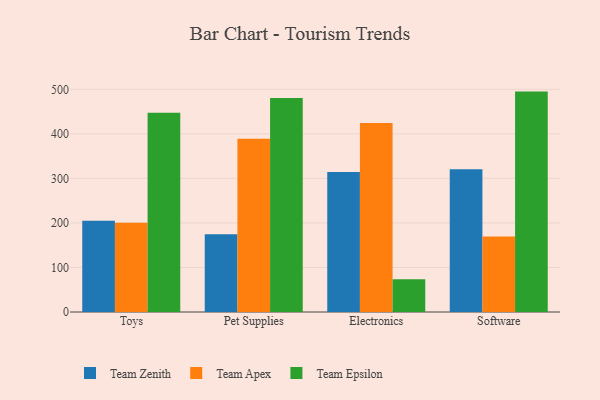
{"axis": {"x": "Category", "y": "Waste Production (Tons)"}, "legend": ["Team Apex", "Team Epsilon", "Team Zenith"], "data": [{"x": "Toys", "y": 204.8, "type": "Team Zenith"}, {"x": "Toys", "y": 200.6, "type": "Team Apex"}, {"x": "Toys", "y": 447.4, "type": "Team Epsilon"}, {"x": "Pet Supplies", "y": 174.6, "type": "Team Zenith"}, {"x": "Pet Supplies", "y": 389.3, "type": "Team Apex"}, {"x": "Pet Supplies", "y": 480.4, "type": "Team Epsilon"}, {"x": "Electronics", "y": 314.4, "type": "Team Zenith"}, {"x": "Electronics", "y": 424.2, "type": "Team Apex"}, {"x": "Electronics", "y": 73.6, "type": "Team Epsilon"}, {"x": "Software", "y": 320.5, "type": "Team Zenith"}, {"x": "Software", "y": 169.6, "type": "Team Apex"}, {"x": "Software", "y": 494.9, "type": "Team Epsilon"}]}